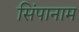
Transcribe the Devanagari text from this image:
सिंपानाम